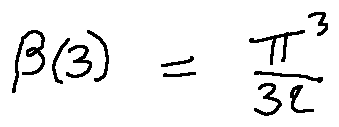
\beta ( 3 ) = \frac { \pi ^ { 3 } } { 3 2 }